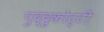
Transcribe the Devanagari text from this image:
पुद्दुकोट्टी